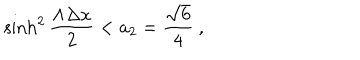
\sinh ^ { 2 } { \frac { \Lambda \Delta x } { 2 } } < a _ { 2 } = { \frac { \sqrt { 6 } } { 4 } } \ ,